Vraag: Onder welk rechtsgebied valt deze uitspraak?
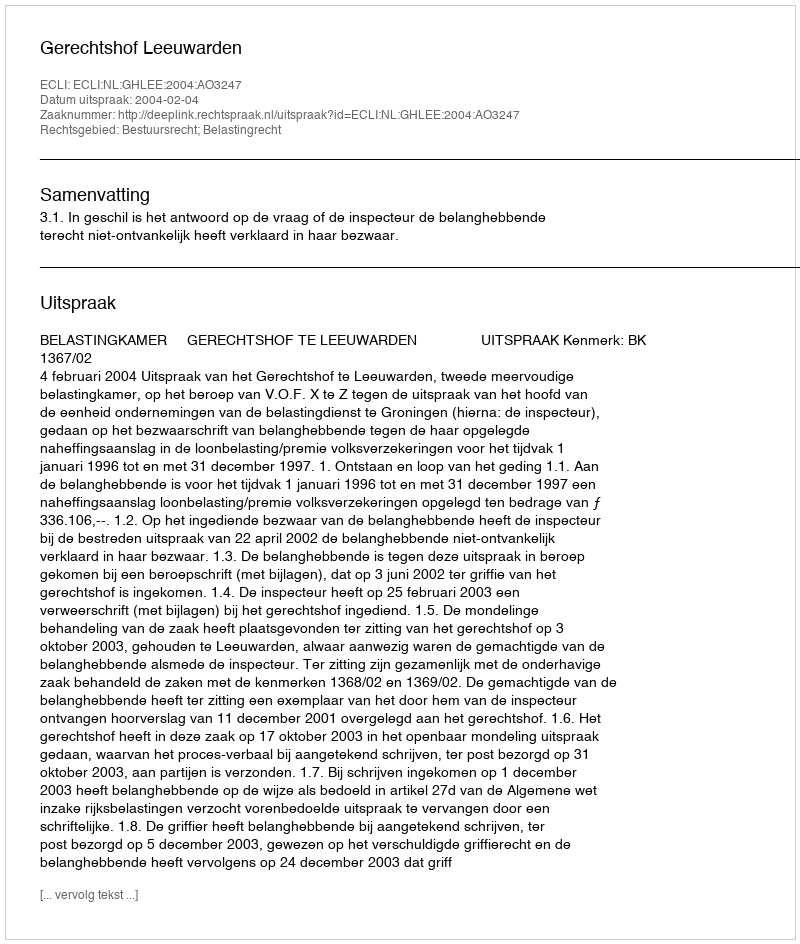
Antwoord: Bestuursrecht; Belastingrecht